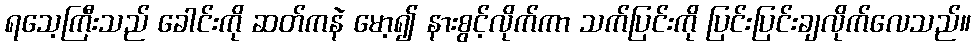
ရသေ့ကြီးသည် ခေါင်းကို ဆတ်ကနဲ မော့၍ နားစွင့်လိုက်ကာ သက်ပြင်းကို ပြင်းပြင်းချလိုက်လေသည်။